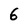
Character: 6